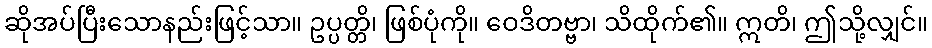
ဆိုအပ်ပြီးသောနည်းဖြင့်သာ။ ဥပ္ပတ္တိ၊ ဖြစ်ပုံကို။ ဝေဒိတဗ္ဗာ၊ သိထိုက်၏။ ဣတိ၊ ဤသို့လျှင်။